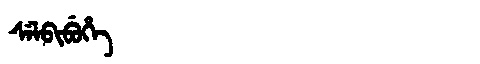
Manchu: ᠰᡝᠯᠪᡳᠪᡠᡥᡝ
Romanization: SELBIBUHE